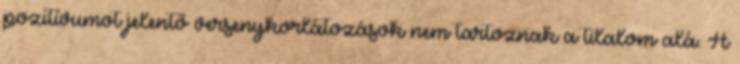
pozitívumot jelentő versenykorlátozások nem tartoznak a tilalom alá. A